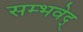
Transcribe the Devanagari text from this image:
सम्भवेद्